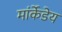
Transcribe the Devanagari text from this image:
मांर्केडेय